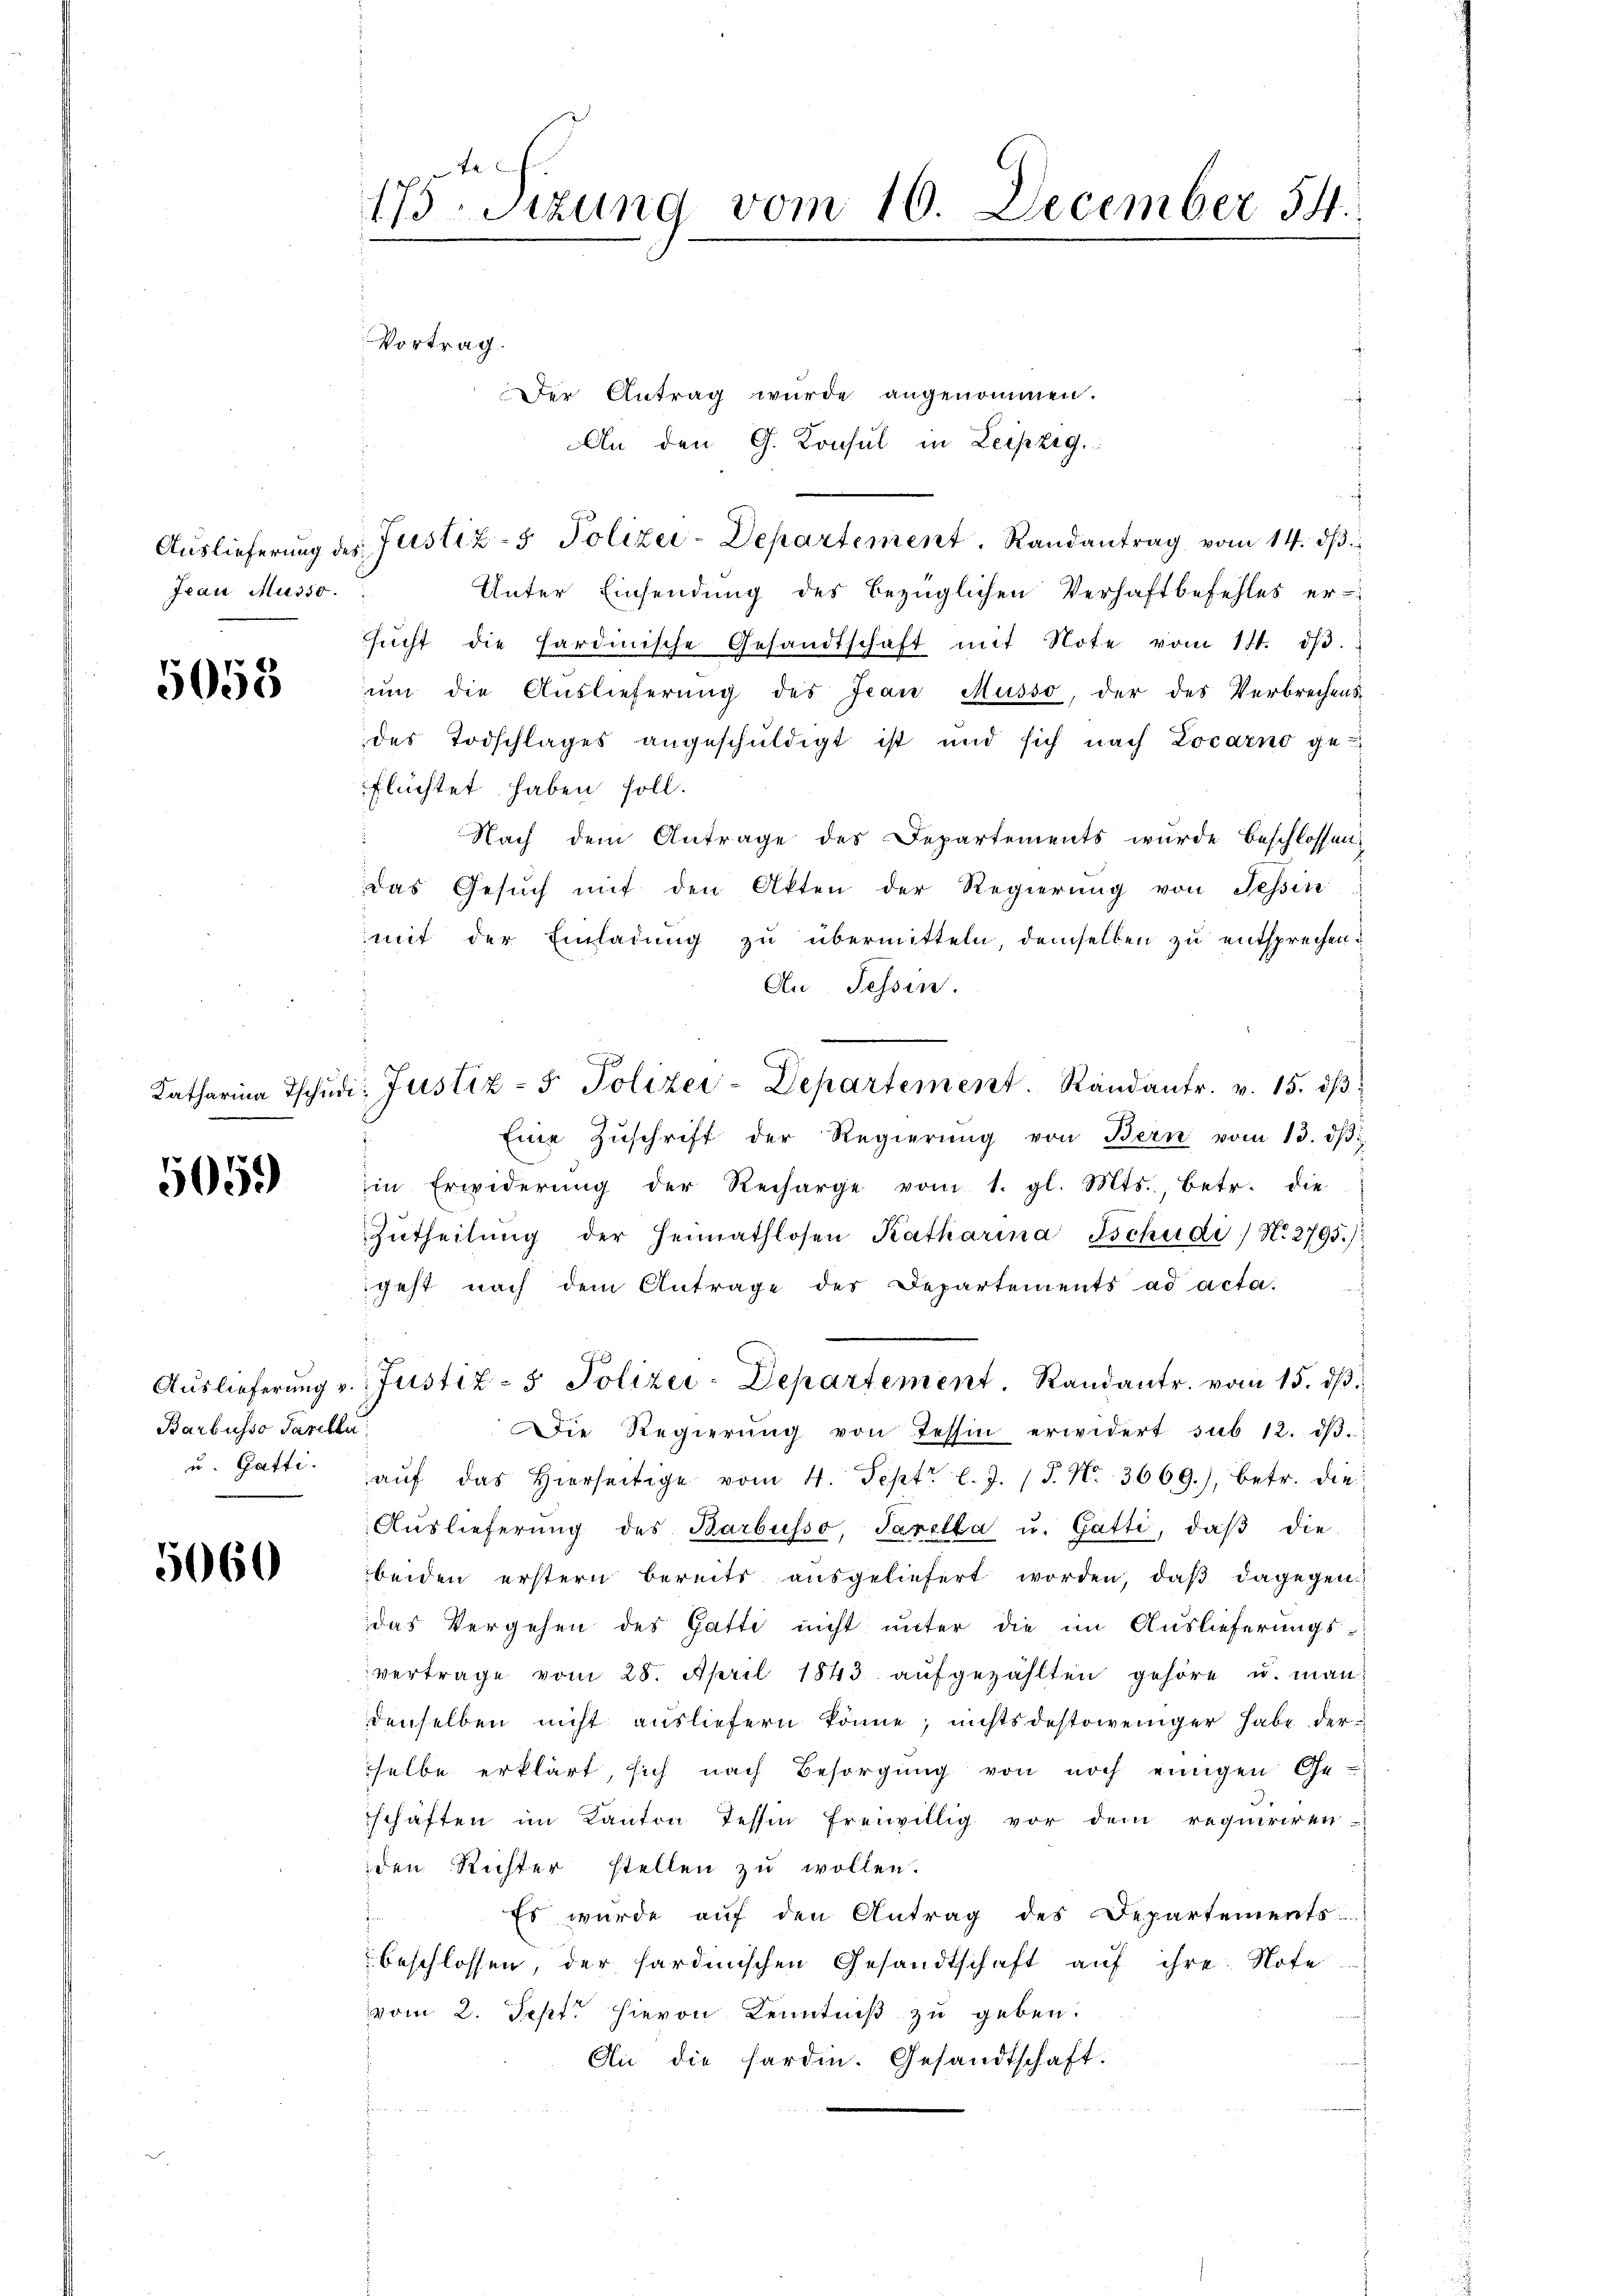
Jean Musso.

5058

Katharina Tschie

5059

Barbusso Parelle
u. Gatti.

5060

175-Sitzung vom 16. December 54.
Vortrag.
Der Antrag wurde angenommen.

An den G. Konsul in Leipzig.
Aŭslieferŭng des Justiz- & Polizei-Departement. Randantrag vom 14. dβ
Unter Einsendung des bezüglichen Verhaftbefehles er-
sŭcht die Sardinische Gesandtschaft mit Note vom 11. dβ.
um die Auslieferung des Jean Musso, der des Verbrechensdes Todschlages angeschŭldigt ist und sich nach Locarno ge-
flüchtet haben soll.
Nach dem Antrage des Departements wurde beschlossen:
das Gesŭch mit den Akten der Regierung von Tessin
mit der Einladung zu übermitteln, demselben zu entsprechen.
An Tessin.
A
Eine Zŭschrift der Regierŭng von Bern vom 13. dβ
iin Erwiderŭng der Recharge vom 1. gl. Mts., betr. die
Zŭtheilŭng der Heimathlosen Katharina Tschudi / N. 2795.)
geht nach dem Antrage der Departements ad acta.
Aŭslieferŭng u. Justiz- & Polizei-Departement. Randantr. vom 15. dβ.
Die Regierŭng von Tessin erwidert sub 12. dβ.
aŭf das hierseitige vom 4. Sept. l. J. P. Nr. 3669.), betr. die
Aŭslieferŭng des Barbüsso, Paretta u. Gatti, daβ die
beiden erstern bereits ausgeliefert worden, daβ dagegendas Vergehen des Gatte nicht unter die im Auslieferungs-
vertrage vom 28. April 1843 aŭfgezählten gehöre u. man
denselben nicht ausliefern könne, nichtsdestoweniger habe der
selbe erklärt, sich nach Besorgŭng von noch einigen Ge-
schaften im Kanton Tessin freiwillig vor dem requiriren-
den Richter stellen zu wollen.
Es wurde auf den Antrag des Departements
beschlossen, der sardinischen Gesandtschaft auf ihre Note
vom 2. Sept hievon Kenntniß zu geben.
An die forden. Gesandtschaft.

die Justiz - 5. Polizei-Departement. Randantr. v. 15. dβ